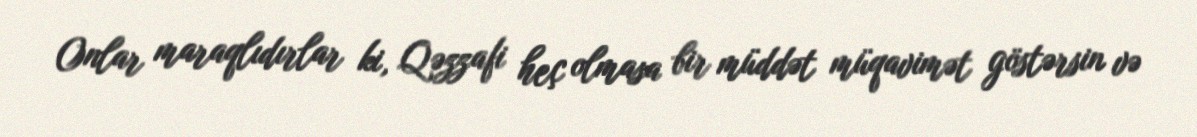
Onlar maraqlıdırlar ki, Qəzzafi heç olmasa bir müddət müqavimət göstərsin və